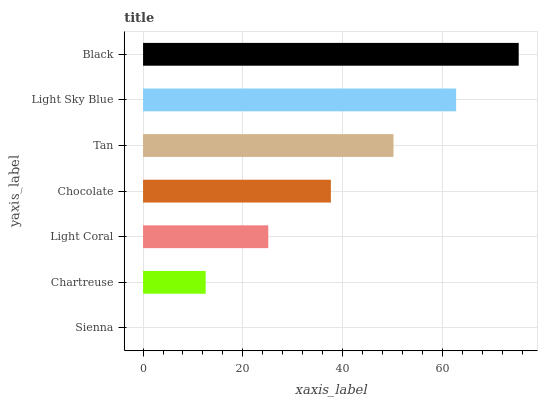
| yaxis_label | bars |
 | --- | --- |
 | Sienna | 0 |
 | Chartreuse | 12.6 |
 | Light Coral | 25.1 |
 | Chocolate | 37.7 |
 | Tan | 50.2 |
 | Light Sky Blue | 62.8 |
 | Black | 75.3 |